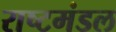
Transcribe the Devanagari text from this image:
राष्टमंडल